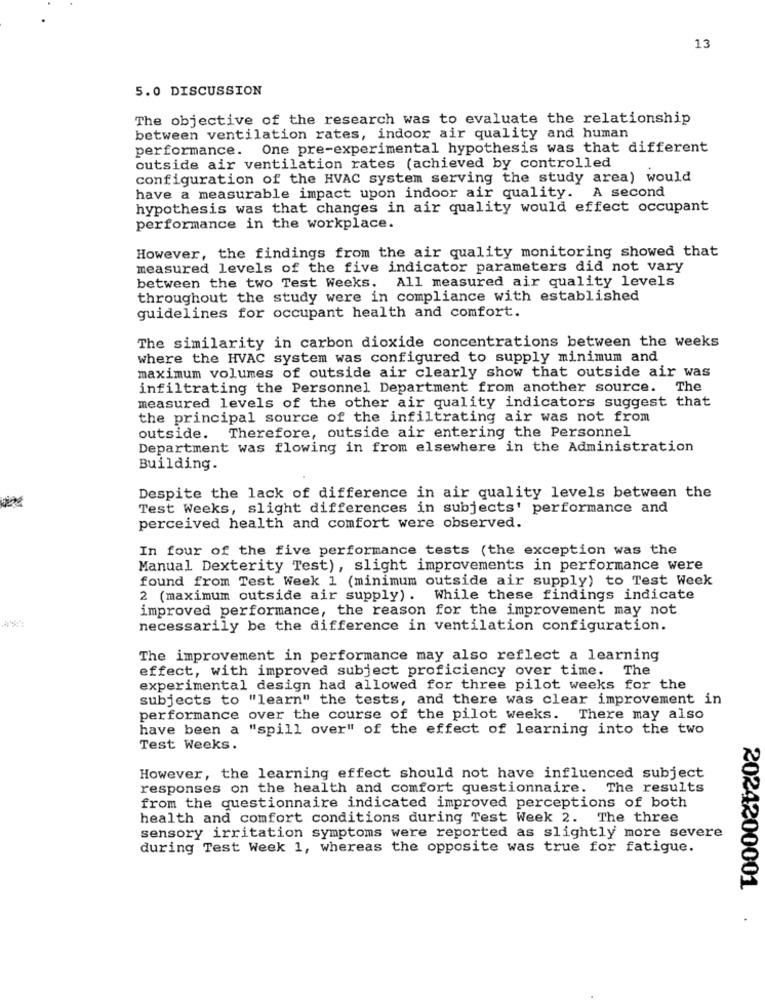
13
5.0 DISCUSSION
The objective of the research was to evaluate the relationship
between ventilation rates, indoor air quality and human
performance. One pre-experimental hypothesis was that different
outside air ventilation rates (achieved by controlled
configuration of the HVAC system serving the study area) would
have a measurable impact upon indoor air quality. A second
hypothesis was that changes in air quality would effect occupant
performance in the workplace.
However, the findings from the air quality monitoring showed that
measured levels of the five indicator parameters did not vary
between the two Test Weeks. All measured air quality levels
throughout the study were in compliance with established
guidelines for occupant health and comfort.
The similarity in carbon dioxide concentrations between the weeks
where the HVAC system was configured to supply minimum and
maximum volumes of outside air clearly show that outside air was
infiltrating the Personnel Department from another source. The
measured levels of the other air quality indicators suggest that
the principal source of the infiltrating air was not from
outside. Therefore, outside air entering the Personnel
Department was flowing in from elsewhere in the Administration
Building.
Despite the lack of difference in air quality levels between the
Test Weeks, slight differences in subjects' performance and
perceived health and comfort were observed.
In four of the five performance tests (the exception was the
Manual Dexterity Test), slight improvements in performance were
found from Test Week 1 (minimum outside air supply) to Test Week
2 (maximum outside air supply). While these findings indicate
improved performance, the reason for the improvement may not
necessarily be the difference in ventilation configuration.
The improvement in performance may also reflect a learning
effect, with improved subject proficiency over time. The
experimental design had allowed for three pilot weeks for the
subjects to "learn" the tests, and there was clear improvement in
performance over the course of the pilot weeks. There may also
have been a "spill over" of the effect of learning into the two
Test Weeks.
However, the learning effect should not have influenced subject
responses on the health and comfort questionnaire.
The results
from the questionnaire indicated improved perceptions of both
health and comfort conditions during Test Week 2. The three
sensory irritation symptoms were reported as slightly more severe
during Test Week 1, whereas the opposite was true for fatigue.
2024200001